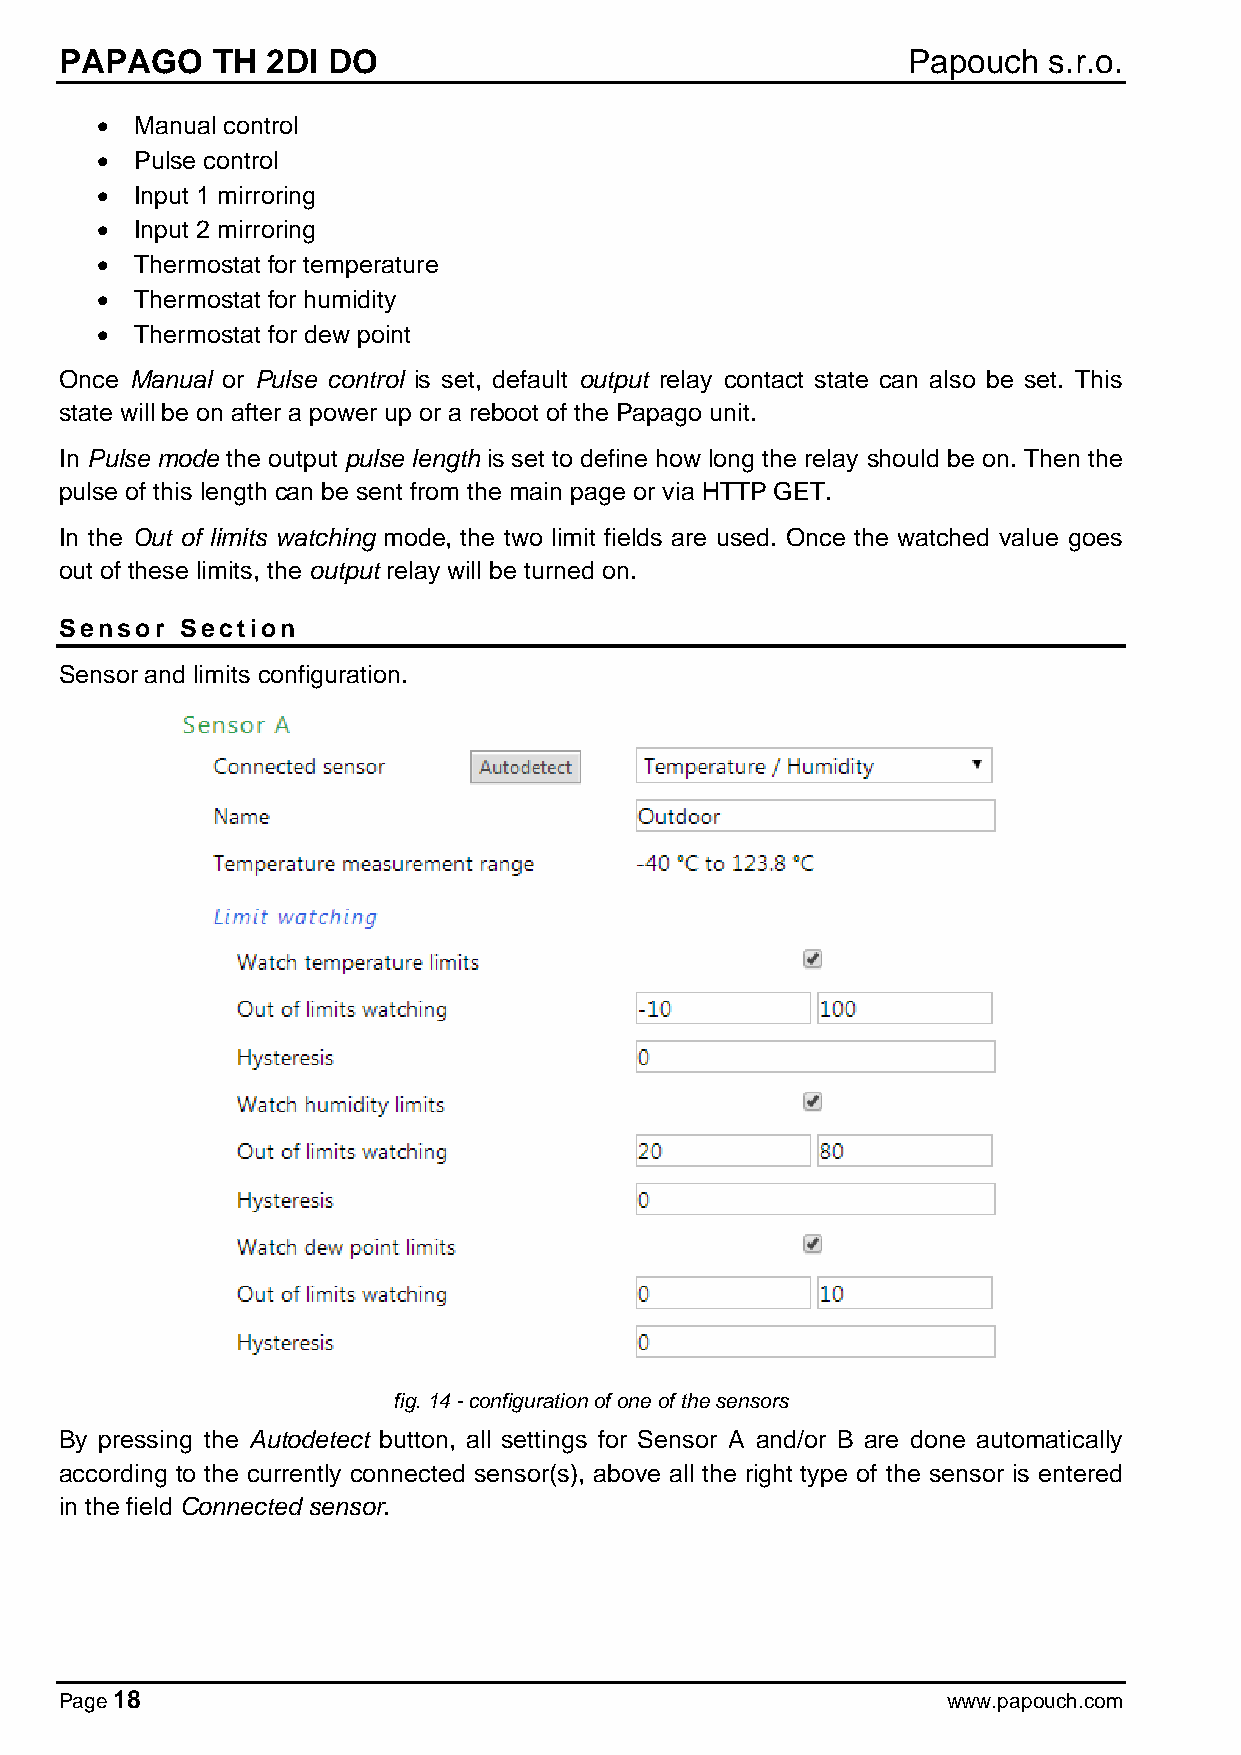
PAPAGO    TH  2DI DO                                    Papouch  s.r.o.
 •  Manual control
 •  Pulse control
 •  Input 1 mirroring
 •  Input 2 mirroring
 •  Thermostat for temperature
 •  Thermostat for humidity
 •  Thermostat for dew point
 Once Manual or Pulse control is set, default output relay contact state can also be set. This
 state will be on after a power up or a reboot of the Papago unit.
 In Pulse mode the output pulse length is set to define how long the relay should be on. Then the
 pulse of this length can be sent from the main page or via HTTP GET.
 In the Out of limits watching mode, the two limit fields are used. Once the watched value goes
 out of these limits, the output relay will be turned on.
 Sensor  Section
 Sensor and limits configuration.
 fig. 14 - configuration of one of the sensors
 By pressing the Autodetect button, all settings for Sensor A and/or B are done automatically
 according to the currently connected sensor(s), above all the right type of the sensor is entered
 in the field Connected sensor.
 Page 18                                                    www.papouch.com